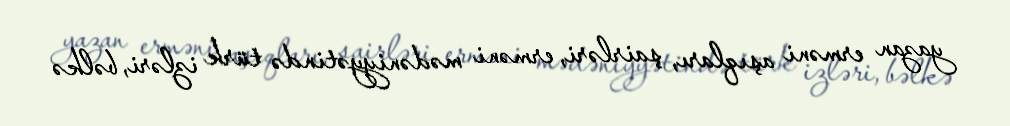
yazan erməni aşıqları, şairləri, erməni mədəniyyətində türk izləri, bəlkə